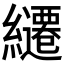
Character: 𮉓